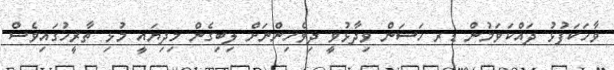
ވާހަކަފުޅު ދައްކަވަމުން ޑރ ހަސަން ވިދާޅުވީ ދިވެހިންނަށް ލިބިގެން މިދިޔައީ މުޅި ތާރީހުގައިވެސް